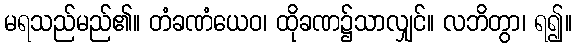
မရသည်မည်၏။ တံခဏံယေဝ၊ ထိုခဏ၌သာလျှင်။ လဘိတွာ၊ ရ၍။